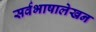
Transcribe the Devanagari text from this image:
सर्वभाषालेखन